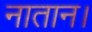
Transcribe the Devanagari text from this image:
नातान।